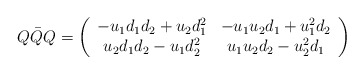
\begin{align*}Q\bar{Q} Q= \left( \begin{array}{cc} -u_1d_1d_2+u_2 d_1^2 & -u_1u_2d_1 + u_1^2 d_2 \\u_2d_1d_2 -u_1d_2^2 & u_1u_2d_2 - u_2^2 d_1 \end{array} \right) \end{align*}